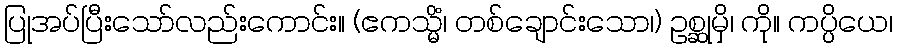
ပြုအပ်ပြီးသော်လည်းကောင်း။ (ဧကသ္မိံ၊ တစ်ချောင်းသော၊) ဥစ္ဆုမှိ၊ ကို။ ကပ္ပိယေ၊